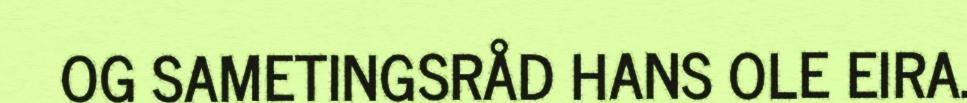
OG SAMETINGSRÅD HANS OLE EIRA.